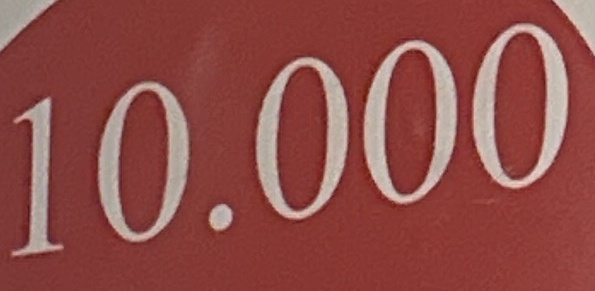
10.000